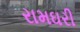
રામઘરી